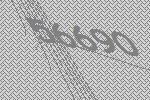
56690